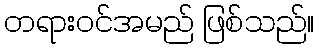
တရားဝင်အမည် ဖြစ်သည်။